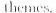
themes.